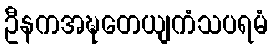
ဦနကအဍ္ဎတေယျကံသပရမံ